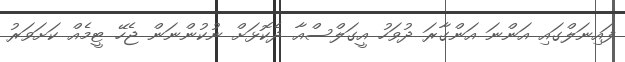
ފައިނަލްގައި އަންނަ އަންގާރަ ދުވަހު އީގަލްސްއާ ދެކޮޅަށް ނުކުންނަން ޖެހޭ ޓީމެއް ކަށަވަރު